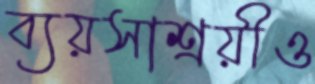
ব্যয়সাশ্রয়ীও